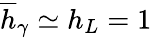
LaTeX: \overline{{h}}_{\gamma}\simeq h_{L}=1